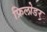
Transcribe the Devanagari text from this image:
फ्रिलोडर